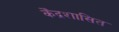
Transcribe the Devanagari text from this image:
केँद्रशासित